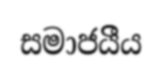
සමාජයීිය